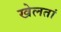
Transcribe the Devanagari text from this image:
खेलतां